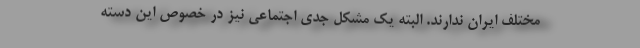
مختلف ایران ندارند. البته یک مشکل جدی اجتماعی نیز در خصوص این دسته